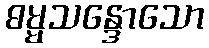
ဓမ္မသန္ဒောသော